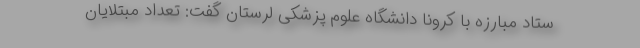
ستاد مبارزه با کرونا دانشگاه علوم پزشکی لرستان گفت: تعداد مبتلایان